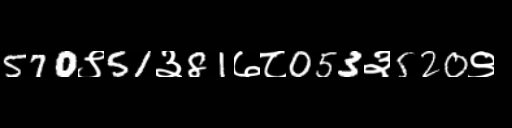
Text: 570९51३81७८053३520९